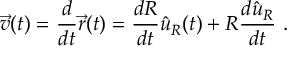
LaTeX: { \vec { v } } ( t ) = { \frac { d } { d t } } { \vec { r } } ( t ) = { \frac { d R } { d t } } { \hat { u } } _ { R } ( t ) + R { \frac { d { \hat { u } } _ { R } } { d t } } \ .